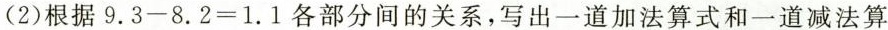
（2）根据$$ 9.3 - 8.2 = 1.1 $$各部分间的关系，写出一道加法算式和一道减法算